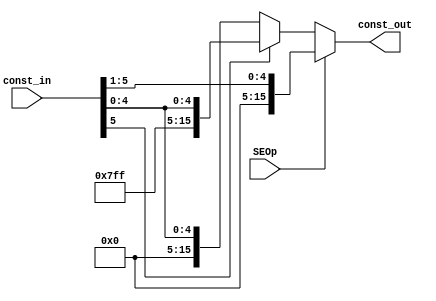
`timescale 1ns / 1ps
//////////////////////////////////////////////////////////////////////////////////
// Mississippi State University
// ECE 4713 Computer Architecture
// Engineer: 
// 
// Design Name: 
// Module Name:    Sign_Ext 
// Project Name: 
// Target Devices: 
// Tool versions: 
// Description: 
//
// Dependencies: 
//
// Revision: 
// Revision 0.01 - File Created
// Additional Comments: 
//
//////////////////////////////////////////////////////////////////////////////////
module Sign_Ext(const_in,const_out,SEOp
    );
	 
	 input [5:0] const_in;
	 input SEOp;
	 output reg [15:0] const_out;
	 
	 
	 always@(*) begin
		if(SEOp) begin
			const_out = {11'd0,const_in[5:1]};
		end
		else begin
			if(const_in[5] == 'd1)
				const_out = {10'h3FF,const_in[5:0]};
			else
				const_out = {10'd0,const_in[5:0]};
		end
	end

endmodule